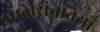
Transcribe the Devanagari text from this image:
मादासंततियाँ